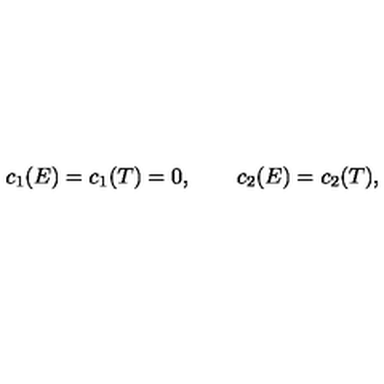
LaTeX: c _ { 1 } ( E ) = c _ { 1 } ( T ) = 0 , \qquad c _ { 2 } ( E ) = c _ { 2 } ( T ) ,